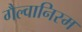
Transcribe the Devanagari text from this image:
गैल्वानिस्म